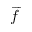
\overrightharpoon { f }